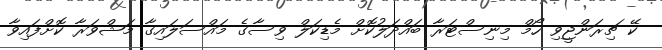
ކޭ ޗިރަންޖީވި ހޯމް މިނިސްޓަރާ ބައްދަލުކޮށް މެޑިކަލް ވިސާގެ މައްސަލައިގާ މަޝްވަރާ ކޮށްފައިވާ